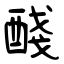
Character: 醆